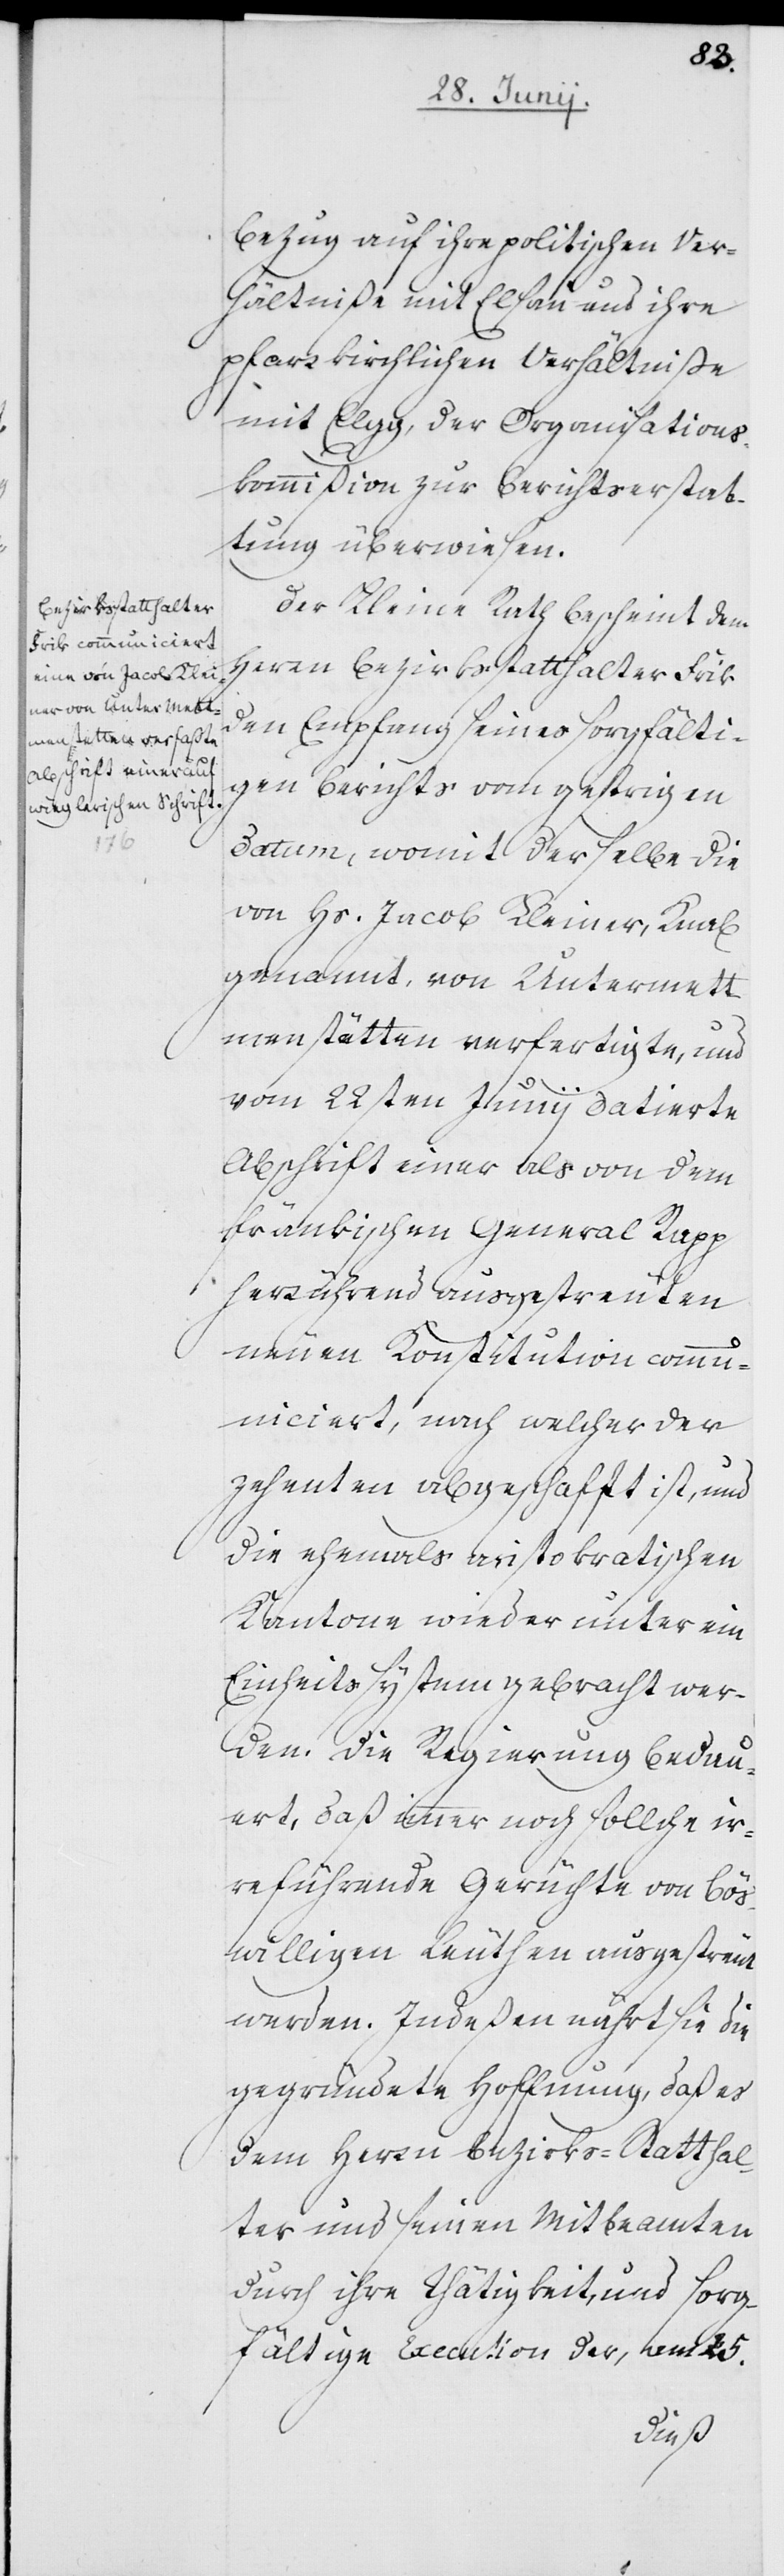
Bezug auf ihre politischen Ver¬
hältniße mit Elsau und ihre
pfarrkirchlichen Verhältniße
mit Elgg, der Organisations¬
kommißion zur Berichtserstat¬
tung überwiesen.
Der Kleine Rath bescheint dem
Herrn Bezirksstatthalter Frik
den Empfang seines sorgfälti¬
gen Berichts vom gestrigen
Datum, womit derselbe die
von Hs. Jacob Kleiner, Knab
genannt, von Untermett¬
menstätten [sic!] verfertigte, und
vom 22sten Junii datierte
Abschrift einer als von dem
fränkischen General Rapp
herrührend ausgestreuten
neuen Konstitution commun¬
iciert, nach welcher der
Zehenten abgeschafft ist, und
die ehemals aristokratischen
Kantone wieder unter ein
Einheitssystem gebracht wer¬
den. Die Regierung bedau¬
ert, daß immer noch sollche ir¬
reführende Gerüchte von bös¬
willigen Leuthen ausgestreut
werden. Indeßen nährt sie die
gegründete Hoffnung, daß es
dem Herrn Bezirks-Statthal¬
ter und seinen Mitbeamten
durch ihre Thätigkeit, und sorg¬
fältige Execution der, am 25.